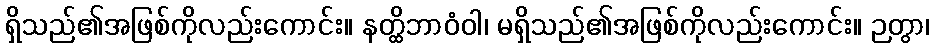
ရှိသည်၏အဖြစ်ကိုလည်းကောင်း။ နတ္ထိဘာဝံဝါ၊ မရှိသည်၏အဖြစ်ကိုလည်းကောင်း။ ဉတွာ၊